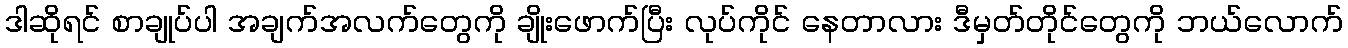
ဒါဆိုရင် စာချုပ်ပါ အချက်အလက်တွေကို ချိုးဖောက်ပြီး လုပ်ကိုင် နေတာလား ဒီမှတ်တိုင်တွေကို ဘယ်လောက်